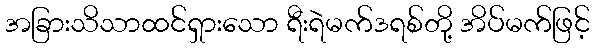
အခြားသိသာထင်ရှားသော ရီးရဲမက်ဒရစ်တို့ အိပ်မက်ဖြင့်